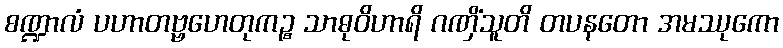
စဏ္ဍာလံ ပဟာတဗ္ဗဟေတုကဉ္စ သာဓုဝိဟာရိ ဂဏှိံသူတိ တပနတော အမဿုကော